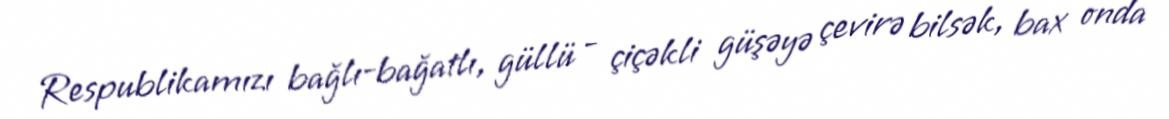
Respublikamızı bağlı-bağatlı, güllü - çiçəkli güşəyə çevirə bilsək, bax onda